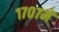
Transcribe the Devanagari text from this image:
१७०७में